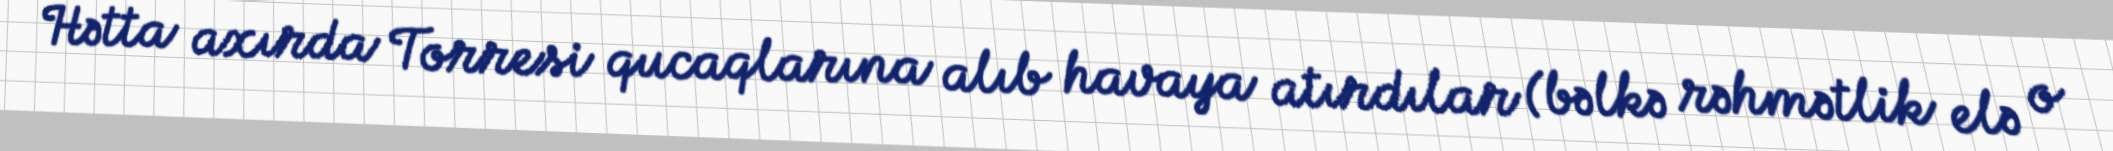
Hətta axırda Torresi qucaqlarına alıb havaya atırdılar (bəlkə rəhmətlik elə o